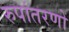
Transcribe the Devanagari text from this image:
रुपांतरणों